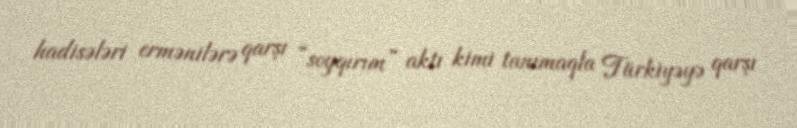
hadisələri ermənilərə qarşı “soyqırım” aktı kimi tanımaqla Türkiyəyə qarşı